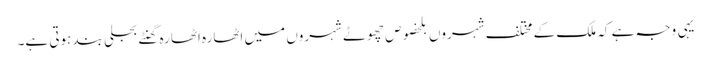
یہی وجہ ہے کہ ملک کے مختلف شہروں بلخصوص چھوٹے شہروں میں اٹھارہ اٹھارہ گھنٹے بجلی بند ہوتی ہے۔